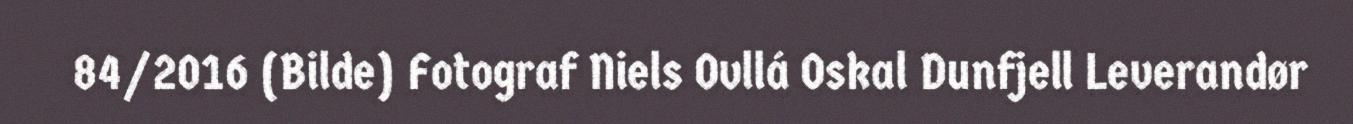
84/2016 (Bilde) Fotograf Niels Ovllá Oskal Dunfjell Leverandør